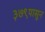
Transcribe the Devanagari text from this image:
३७९पासून